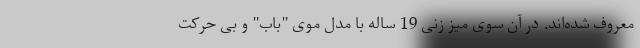
معروف شده‌اند. در آن سوی میز زنی 19 ساله با مدل موی "باب" و بی حرکت